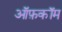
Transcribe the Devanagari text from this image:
ऑफ़कॉम